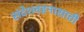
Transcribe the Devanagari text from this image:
संदेशवहनासाठी